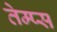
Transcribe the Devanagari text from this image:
तेम्प्स